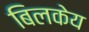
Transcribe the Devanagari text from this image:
बिलकेय